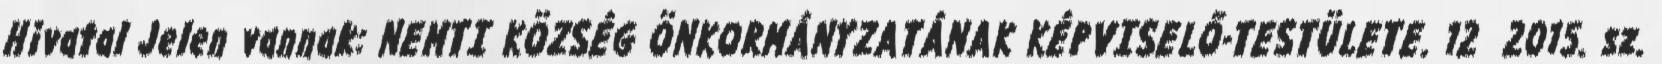
Hivatal Jelen vannak: NEMTI KÖZSÉG ÖNKORMÁNYZATÁNAK KÉPVISELŐ-TESTÜLETE. 12 2015. sz.